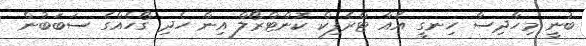
ބުނީ މިހާދިސާ ހިނގީ އެއާ ޓްރެފިކް ކޮންޓްރޯލް އިން ހެދި ގޯހެއްގެ ސަބަބުން